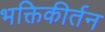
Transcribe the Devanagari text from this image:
भक्तिकीर्तन